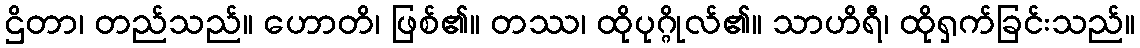
ဌိတာ၊ တည်သည်။ ဟောတိ၊ ဖြစ်၏။ တဿ၊ ထိုပုဂ္ဂိုလ်၏။ သာဟိရီ၊ ထိုရှက်ခြင်းသည်။